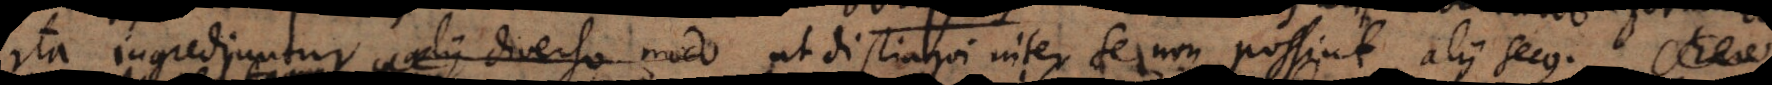
ita ingrediuntur alii diverso modo ut distingui inter se non possint, alii secus. Me